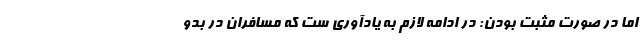
اما در صورت مثبت بودن: در ادامه لازم به یادآوری ست که مسافران در بدو